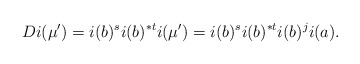
\begin{align*}Di(\mu') = i(b)^si(b)^{*t}i(\mu') = i(b)^si(b)^{*t}i(b)^ji(a).\end{align*}